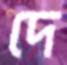
দে